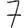
Digit: 7